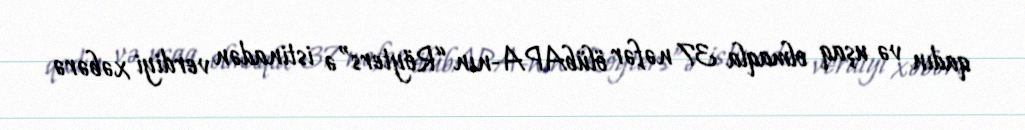
qadın və uşaq olmaqla 37 nəfər ölübAPA-nın “Röyters”ə istinadən verdiyi xəbərə